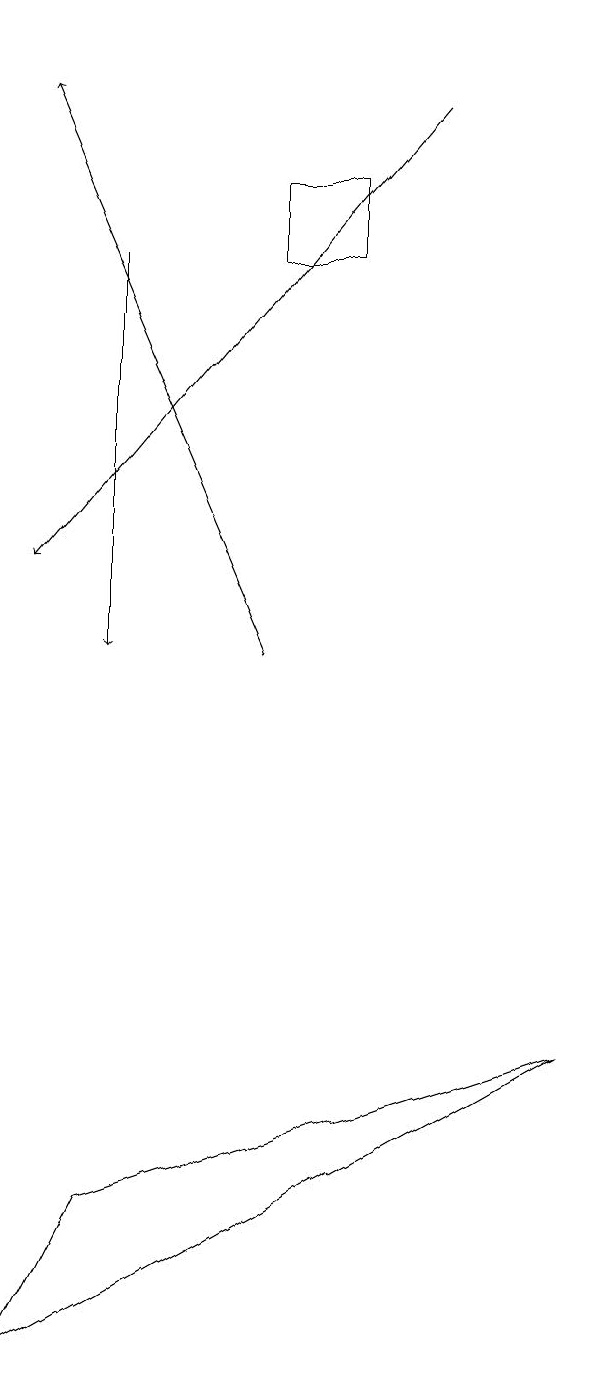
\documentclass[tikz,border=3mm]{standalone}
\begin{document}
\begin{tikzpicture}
\draw[->] (4,10) -- (1,17);
\draw[->] (2,15) -- (2,10);
\draw[->] (6,17) -- (1,11);
\draw (4,15) rectangle (5,16);
\draw (2,3) -- (8,5) -- (1,1) -- cycle;
\draw (5,18) rectangle (5,18);
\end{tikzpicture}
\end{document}